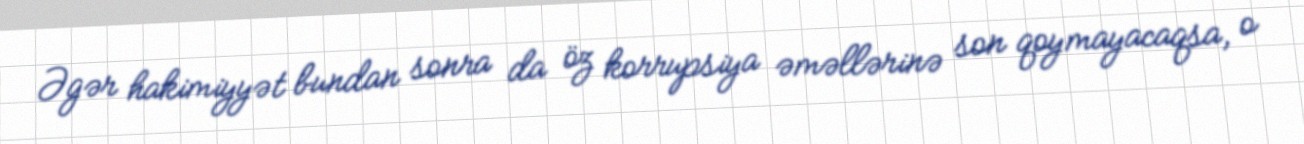
Əgər hakimiyyət bundan sonra da öz korrupsiya əməllərinə son qoymayacaqsa, o